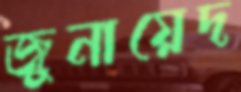
জুনায়েদ